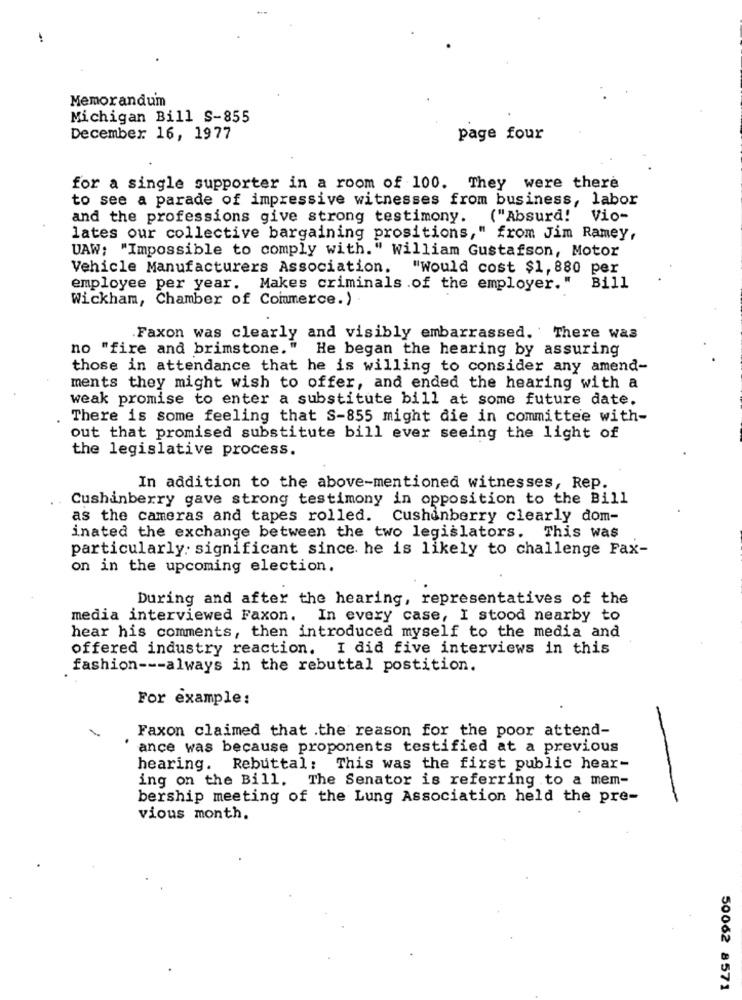
Memorandum
Michigan Bill S-855
December 16, 1977
page four
for a single supporter in a room of 100. They were there
to see a parade of impressive witnesses from business, labor
and the professions give strong testimony. ("Absurd!
Vio-
lates our collective bargaining prositions," from Jim Ramey,
UAW; "Impossible to comply with." william Gustafson, Motor
Vehicle Manufacturers Association. "Would cost $1,880 per
employee per year. Makes criminals .of the employer."
Bill
Wickham, Chamber of Commerce.)
.Faxon was clearly and visibly embarrassed. There was
no "fire and brimstone." He began the hearing by assuring
those in attendance that he is willing to consider any amend-
ments they might wish to offer, and ended the hearing with a
weak promise to enter a substitute bill at some future date.
There is some feeling that S-855 might die in committee with-
out that promised substitute bill ever seeing the light of
the legislative process.
In addition to the above-mentioned witnesses, Rep.
Cushinberry gave strong testimony in opposition to the Bill
as the cameras and tapes rolled. Cushenberry clearly dom-
inated the exchange between the two legislators. This was
particularly: significant since he is likely to challenge Fax-
on in the upcoming election.
During and after the hearing, representatives of the
media interviewed Faxon. In every case, I stood nearby to
hear his comments, then introduced myself to the media and
offered industry reaction. I did five interviews in this
fashion --- always in the rebuttal postition.
For example:
-
Faxon claimed that .the reason for the poor attend-
ance was because proponents testified at a previous
hearing. Rebuttal: This was the first public hear-
ing on the Bill. The Senator is referring to a mem-
bership meeting of the Lung Association held the pre-
vious month.
50062 8571